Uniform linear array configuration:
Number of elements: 48
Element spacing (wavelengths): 0.25
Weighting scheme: binomial
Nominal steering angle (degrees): -60
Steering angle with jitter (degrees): -58.532
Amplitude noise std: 0.05
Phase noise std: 0.05

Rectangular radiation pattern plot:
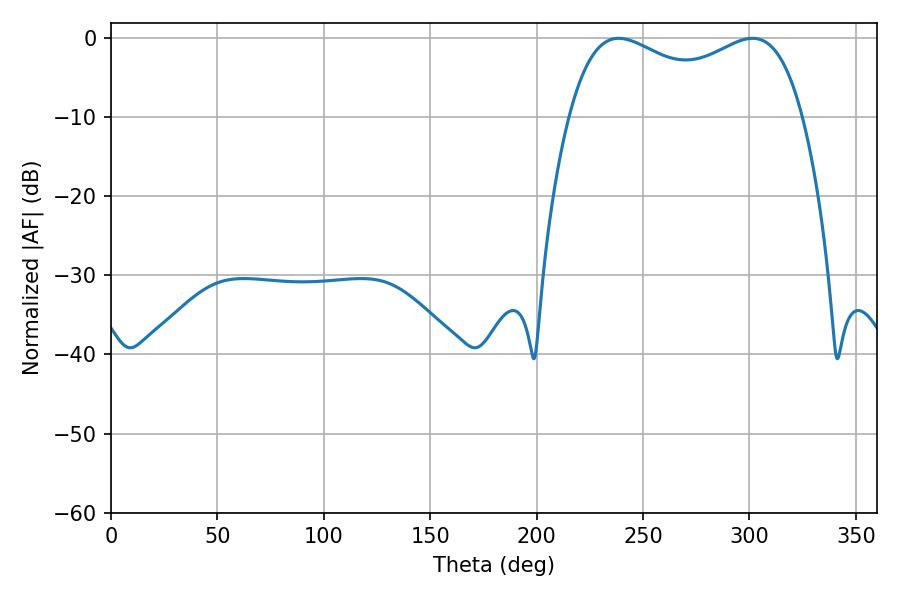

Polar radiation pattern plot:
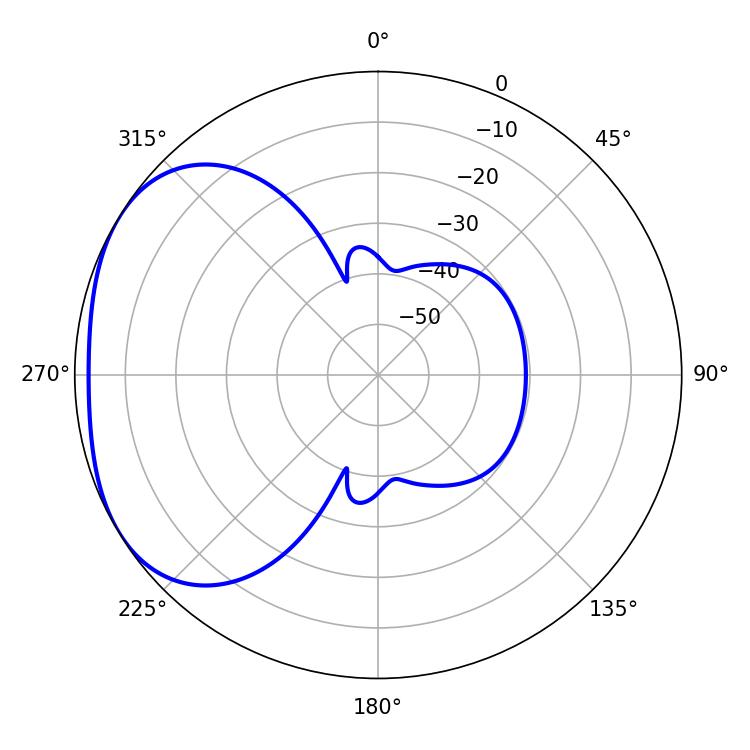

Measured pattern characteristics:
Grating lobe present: FALSE
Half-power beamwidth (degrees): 91.08
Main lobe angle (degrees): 238.5